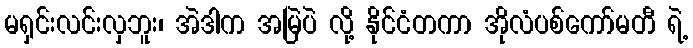
မရှင်းလင်းလှဘူး၊ အဲဒါက အမြဲပဲ လို့ နိုင်ငံတကာ အိုလံပစ်ကော်မတီ ရဲ့